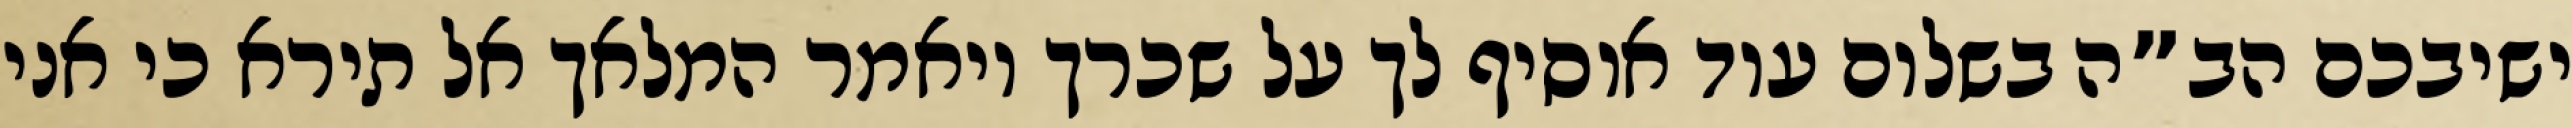
ישיבכם הב”ה בשלום עוד אוסיף לך על שכרך ויאמר המלאך אל תירא כי אני